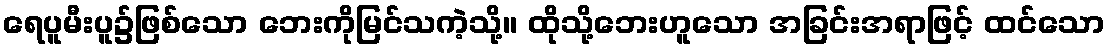
ရေပူမီးပူ၌ဖြစ်သော ဘေးကိုမြင်သကဲ့သို့။ ထိုသို့ဘေးဟူသော အခြင်းအရာဖြင့် ထင်သော